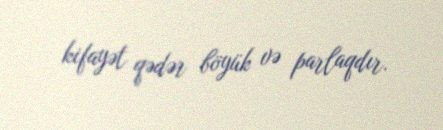
kifayət qədər böyük və parlaqdır.